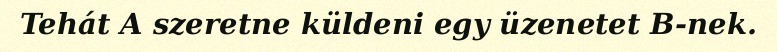
Tehát A szeretne küldeni egy üzenetet B-nek.